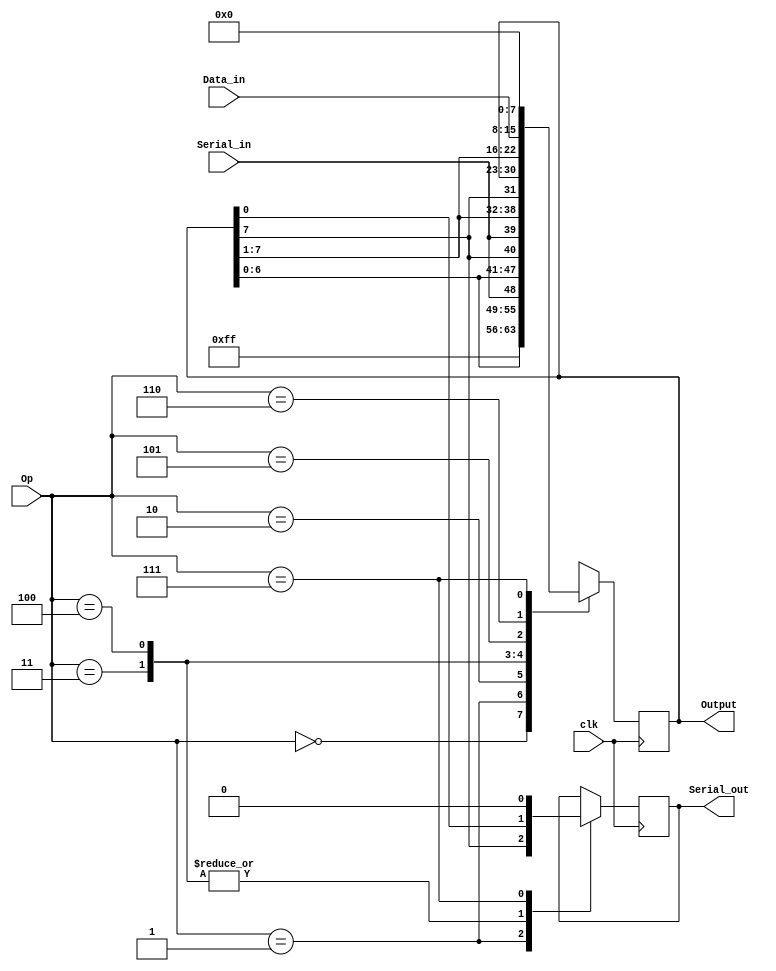
// 8-bit Universal Shift Register
// Question 4
module eightBitShiftRegister(Data_in, Serial_in, Op, clk, Serial_out, Output);

    input [7:0] Data_in;
    input Serial_in, clk;
    input [2:0] Op;

    output Serial_out;  reg Serial_out;
    output [7:0] Output; reg [7:0] Output;

    always @(posedge clk) begin
        case(Op)
            // Set to FF
            3'd0: Output <= 8'hFF;
            // Shift Left
            3'd1: begin Output <= {Output[6:0], Serial_in}; Serial_out <= Output[7]; end
            // Rotate Left
            3'd2: Output <= {Output[6:0], Output[7]};
            // Shift Right Logical
            3'd3: begin Output <= {Serial_in, Output[7:1]}; Serial_out <= Output[0]; end
            // Shift Right Arithmetic
            3'd4: begin Output <= {Output[7], Output[7:1]}; Serial_out <= Output[0]; end
            // Rotate Right
            3'd5: Output <= {Output[0], Output[7:1]};
            // Parallel Load
            3'd6: Output <= Data_in;
            // Clear
            3'd7: begin Output <= 8'h00; Serial_out <= 1'b0; end
        endcase
    end
endmodule
// Coded By Parsaoy